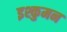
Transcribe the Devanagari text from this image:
इश्कुमन